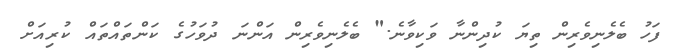
ފަހު ބެލެނިވެރިން ތިޔަ ކުދިންނާ ވަކިވާނެ." ބެލެނިވެރިން އަންނަ ދުވަހުގެ ކަންތައްތައް ކުރިއަށް